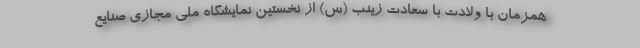
همزمان با ولادت با سعادت زینب (س) از نخستین نمایشگاه ملی مجازی صنایع